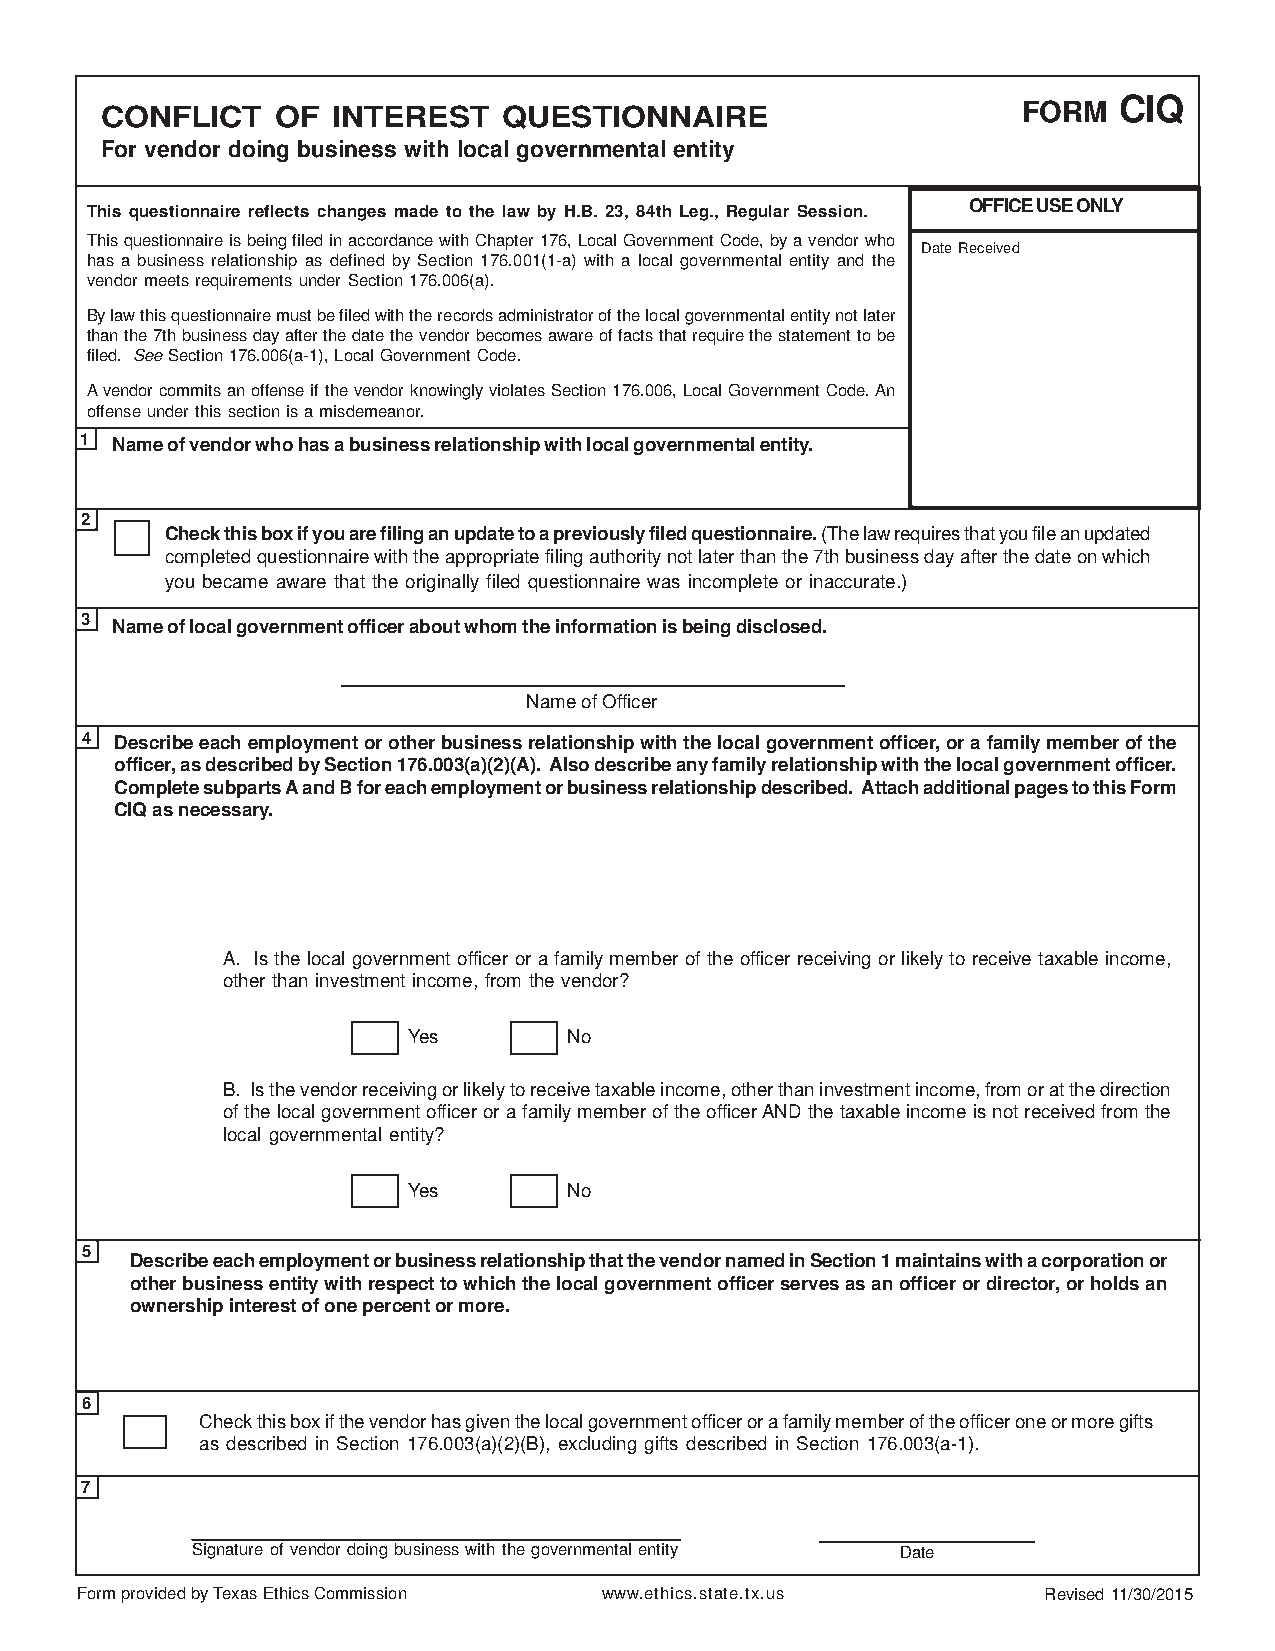
CIQ
 CONFLICT   OF  INTEREST   QUESTIONNAIRE                      FORM
 For vendor doing business with local governmental entity
 OFFICE USE ONLY
 This questionnaire reflects changes made to the law by H.B. 23, 84th Leg., Regular Session.
 This questionnaire is being filed in accordance with Chapter 176, Local Government Code, by a vendor who
 Date Received
 has a business relationship as defined by Section 176.001(1-a) with a local governmental entity and the
 vendor meets requirements under Section 176.006(a).
 By law this questionnaire must be filed with the records administrator of the local governmental entity not later
 than the 7th business day after the date the vendor becomes aware of facts that require the statement to be
 filed. See Section 176.006(a-1), Local Government Code.
 A vendor commits an offense if the vendor knowingly violates Section 176.006, Local Government Code. An
 offense under this section is a misdemeanor.
 1 Name of vendor who has a business relationship with local governmental entity.
 2
 Check this box if you are filing an update to a previously filed questionnaire. (The law requires that you file an updated
 completed questionnaire with the appropriate filing authority not later than the 7th business day after the date on which
 you became aware that the originally filed questionnaire was incomplete or inaccurate.)
 3 Name of local government officer about whom the information is being disclosed.
 Name of Officer
 4  Describe each employment or other business relationship with the local government officer, or a family member of the
 officer, as described by Section 176.003(a)(2)(A). Also describe any family relationship with the local government officer.
 Complete subparts A and B for each employment or business relationship described. Attach additional pages to this Form
 CIQ as necessary.
 A. Is the local government officer or a family member of the officer receiving or likely to receive taxable income,
 other than investment income, from the vendor?
 Yes        No
 B. Is the vendor receiving or likely to receive taxable income, other than investment income, from or at the direction
 of the local government officer or a family member of the officer AND the taxable income is not received from the
 local governmental entity?
 Yes        No
 5
 Describe each employment or business relationship that the vendor named in Section 1 maintains with a corporation or
 other business entity with respect to which the local government officer serves as an officer or director, or holds an
 ownership interest of one percent or more.
 6
 Check this box if the vendor has given the local government officer or a family member of the officer one or more gifts
 as described in Section 176.003(a)(2)(B), excluding gifts described in Section 176.003(a-1).
 7
 Signature of vendor doing business with the governmental entity Date
 Form provided by Texas Ethics Commission www.ethics.state.tx.us Revised 11/30/2015